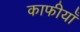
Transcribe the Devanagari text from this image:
काफीयाँ